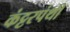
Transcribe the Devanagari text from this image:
कंट्टरपंथी